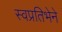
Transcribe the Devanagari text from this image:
स्वप्रतिभेने